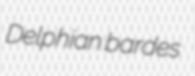
Delphian bardes